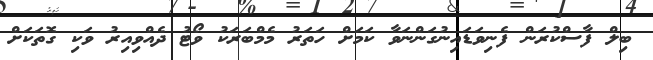
ބިލް ފާސްކުރަން ފެނިވަޑައިނުގަންނަވާ ކަމަށް ހަތަރު މެމްބަރަކު ވޯޓު ދެއްވިއިރު ވަކި ގޮތަކަށް